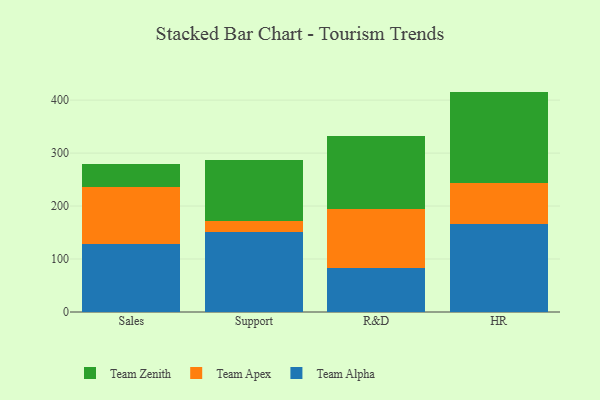
{"axis": {"x": "Department", "y": "Humidity (%)"}, "legend": ["Team Alpha", "Team Apex", "Team Zenith"], "data": [{"x": "Sales", "y": 128.1, "type": "Team Alpha"}, {"x": "Sales", "y": 108.0, "type": "Team Apex"}, {"x": "Sales", "y": 43.9, "type": "Team Zenith"}, {"x": "Support", "y": 151.6, "type": "Team Alpha"}, {"x": "Support", "y": 19.4, "type": "Team Apex"}, {"x": "Support", "y": 116.0, "type": "Team Zenith"}, {"x": "R&D", "y": 82.9, "type": "Team Alpha"}, {"x": "R&D", "y": 111.4, "type": "Team Apex"}, {"x": "R&D", "y": 137.8, "type": "Team Zenith"}, {"x": "HR", "y": 165.7, "type": "Team Alpha"}, {"x": "HR", "y": 78.6, "type": "Team Apex"}, {"x": "HR", "y": 171.8, "type": "Team Zenith"}]}